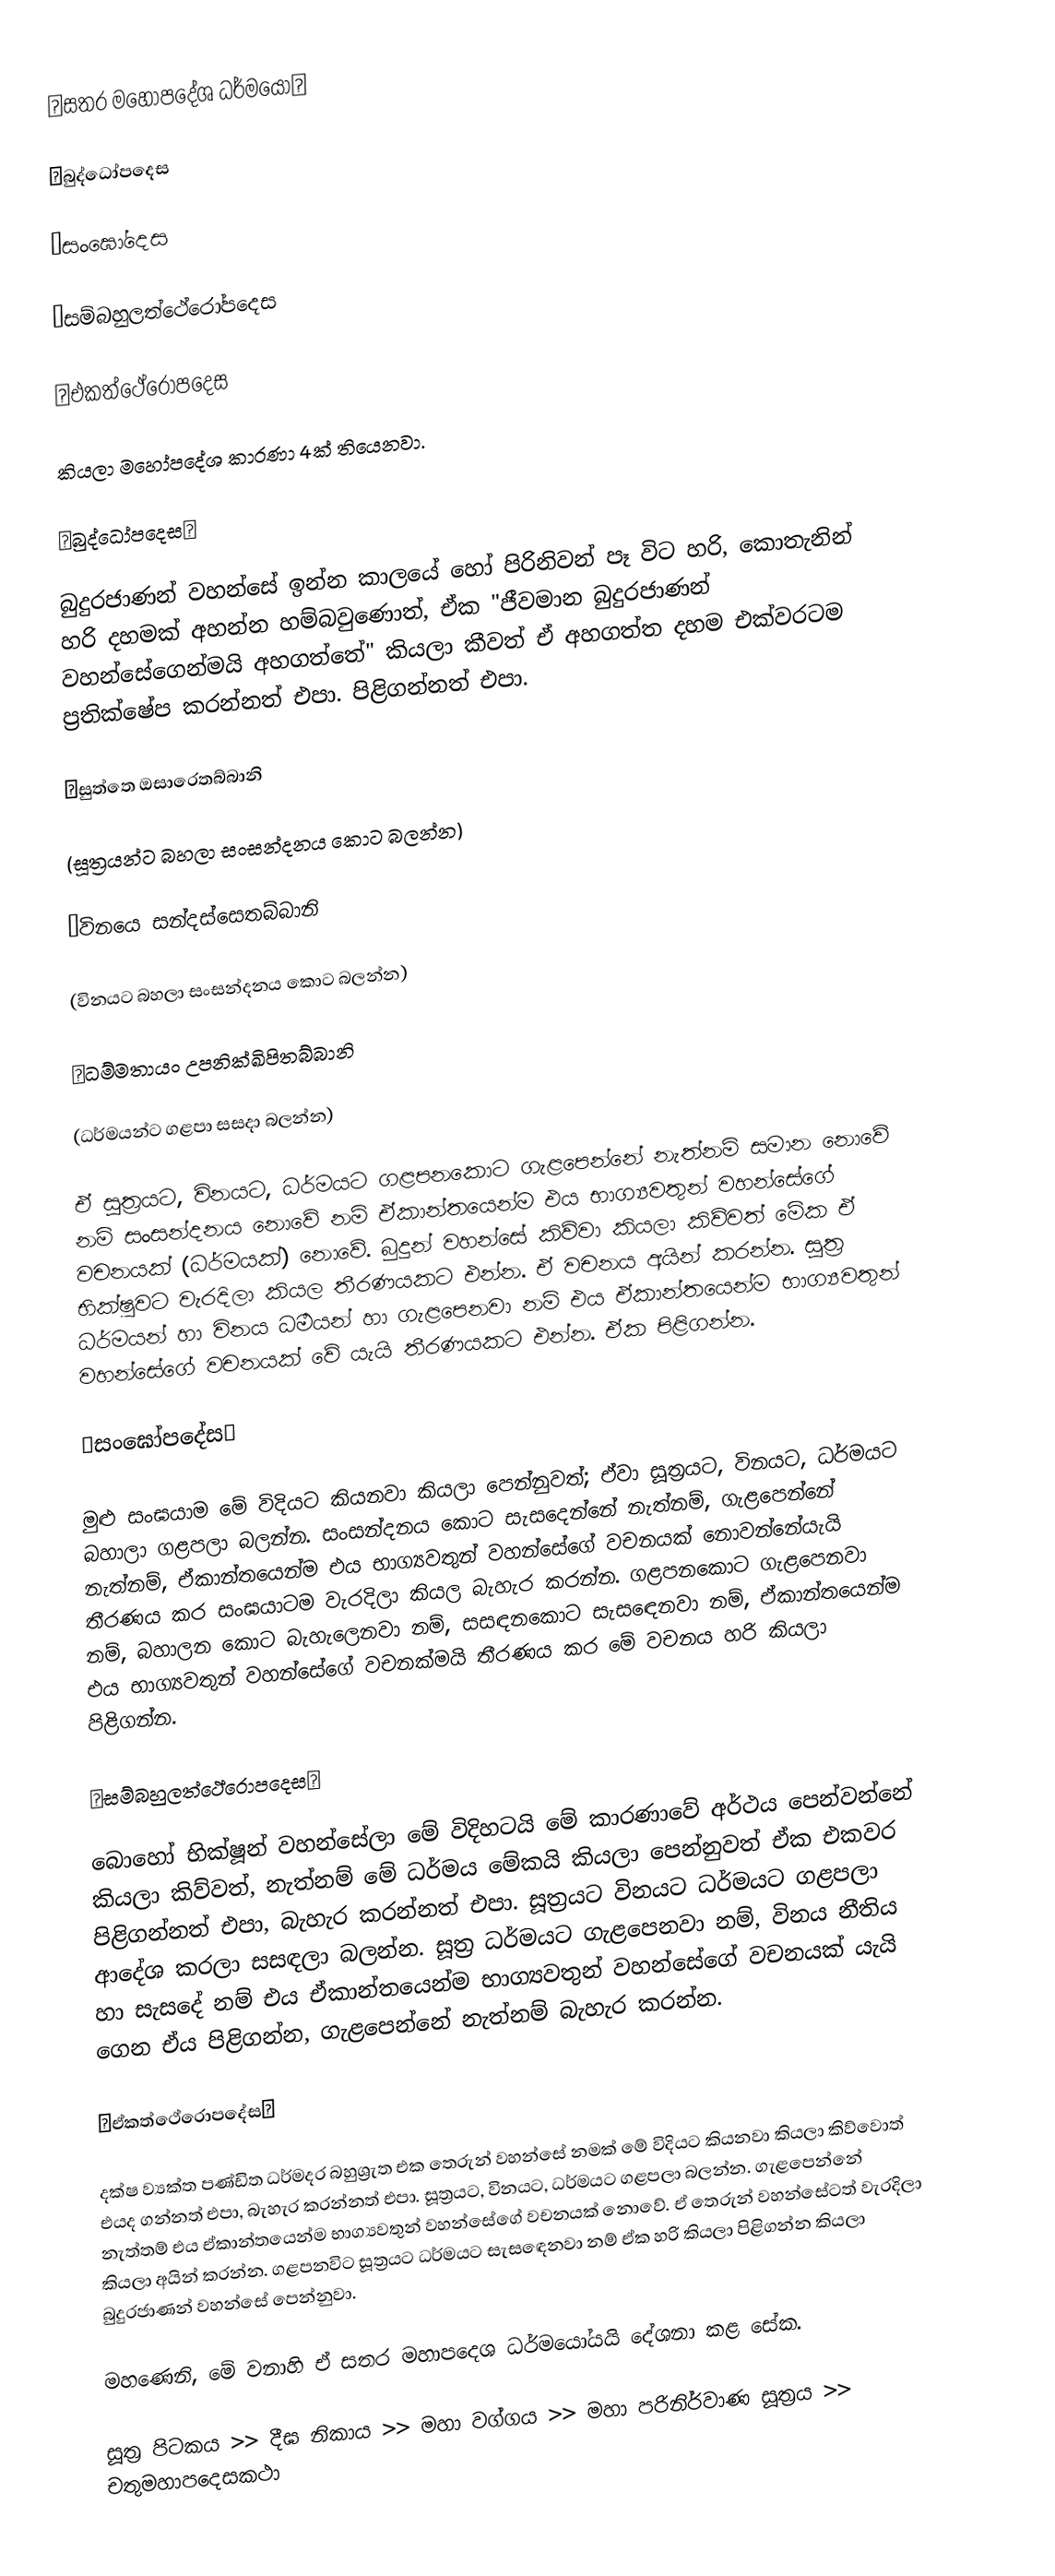
🌼සතර මහෝපදේශ ධර්මයෝ🌼

◾️බුද්ධෝපදෙස

◾️සංඝෝදෙස

◾️සම්බහුලත්ථේරෝපදෙස

◾️එකත්ථේරෝපදෙස

කියලා මහෝපදේශ කාරණා 4ක් තියෙනවා.

🔷බුද්ධෝපදෙස🔷

බුදුරජාණන් වහන්සේ ඉන්න කාලයේ හෝ පිරිනිවන් පෑ විට හරි, කොතැනින් හරි දහමක් අහන්න හම්බවුණොත්, ඒක "ජීවමාන බුදුරජාණන් වහන්සේගෙන්මයි අහගත්තේ" කියලා කීවත් ඒ අහගත්ත දහම එක්වරටම ප්‍රතික්ෂේප කරන්නත් එපා. පිළිගන්නත් එපා.

◾️සුත්තෙ ඔසාරෙතබ්බානි

(සූත්‍රයන්ට බහලා සංසන්දනය කොට බලන්න)

◾️විනයෙ සන්දස්සෙතබ්බානි

(විනයට බහලා සංසන්දනය කොට බලන්න)

◾️ධම්මතායං උපනික්ඛිපිතබ්බානි

(ධර්මයන්ට ගළපා සසදා බලන්න)

ඒ සූත්‍රයට, විනයට, ධර්මයට ගළපනකොට ගැළපෙන්නේ නැත්නම් සමාන නොවේ නම් සංසන්දනය නොවේ නම් ඒකාන්තයෙන්ම එය භාග්‍යවතුන් වහන්සේගේ වචනයක් (ධර්මයක්) නොවේ. බුදුන් වහන්සේ කිව්වා කියලා කිව්වත් මේක ඒ භික්ෂුවට වැරදිලා කියල තීරණයකට එන්න. ඒ වචනය අයින් කරන්න. සූත්‍ර ධර්මයන් හා විනය ධර්‍මයන් හා ගැළපෙනවා නම් එය ඒකාන්තයෙන්ම භාග්‍යවතුන් වහන්සේගේ වචනයක් වේ යැයි තීරණයකට එන්න. ඒක පිළිගන්න.

🔷සංඝෝපදේස🔷

මුළු සංඝයාම මේ විදියට කියනවා කියලා පෙන්නුවත්; ඒවා සූත්‍රයට, විනයට, ධර්මයට බහාලා ගළපලා බලන්න. සංසන්දනය කොට සැසදෙන්නේ නැත්නම්, ගැළපෙන්නේ නැත්නම්, ඒකාන්තයෙන්ම එය භාග්‍යවතුන් වහන්සේගේ වචනයක් නොවන්නේයැයි තීරණය කර සංඝයාටම වැරදිලා කියල බැහැර කරන්න. ගළපනකොට ගැළපෙනවා නම්, බහාලන කොට බැහැලෙනවා නම්, සසඳනකොට සැසඳෙනවා නම්, ඒකාන්තයෙන්ම එය භාග්‍යවතුන් වහන්සේගේ වචනක්මයි තීරණය කර මේ වචනය හරි කියලා පිළිගන්න.

🔷සම්බහුලත්ථේරොපදෙස🔷

බොහෝ භික්ෂූන් වහන්සේලා මේ විදිහටයි මේ කාරණාවේ අර්ථය පෙන්වන්නේ කියලා කිව්වත්, නැත්නම් මේ ධර්මය මේකයි කියලා පෙන්නුවත් ඒක එකවර පිළිගන්නත් එපා, බැහැර කරන්නත් එපා. සූත්‍රයට විනයට ධර්මයට ගළපලා ආදේශ කරලා සසඳලා බලන්න. සූත්‍ර ධර්මයට ගැළපෙනවා නම්, විනය නීතිය හා සැසදේ නම් එය ඒකාන්තයෙන්ම භාග්‍යවතුන් වහන්සේගේ වචනයක් යැයි ගෙන ඒය පිළිගන්න, ගැළපෙන්නේ නැත්නම් බැහැර කරන්න.

🔷ඒකත්ථේරොපදේස🔷

දක්ෂ ව්‍යක්ත පණ්ඩිත ධර්මදර බහුශ්‍රැත එක තෙරුන් වහන්සේ නමක් මේ විදියට කියනවා කියලා කිව්වොත් එයද ගන්නත් එපා, බැහැර කරන්නත් එපා. සූත්‍රයට, විනයට, ධර්මයට ගළපලා බලන්න. ගැළපෙන්නේ නැත්තම් එය ඒකාන්තයෙන්ම භාග්‍යවතුන් වහන්සේගේ වචනයක් නොවේ. ඒ තෙරුන් වහන්සේටත් වැරදිලා කියලා අයින් කරන්න. ගළපනවිට සූත්‍රයට ධර්මයට සැසඳෙනවා නම් ඒක හරි කියලා පිළිගන්න කියලා බුදුරජාණන් වහන්සේ පෙන්නුවා.

මහණෙනි, මේ වනාහි ඒ සතර මහාපදෙශ ධර්මයෝයයි දේශනා කළ සේක.

සූත්‍ර පිටකය >> දීඝ නිකාය >> මහා වග්ගය >> මහා පරිනිර්වාණ සූත්‍රය >> චතුමහාපදෙසකථා